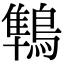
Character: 鶽